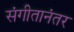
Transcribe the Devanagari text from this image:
संगीतानंतर